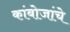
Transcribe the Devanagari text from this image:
कांबोजांचे